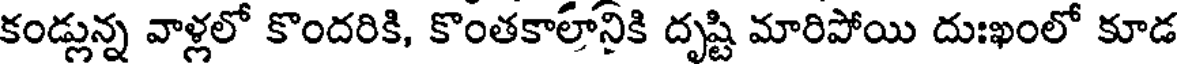
కండ్లున్న వాళ్లలో కొందరికి, కొంతకాలానికి దృష్టి మారిపోయి దుఃఖంలో కూడ